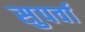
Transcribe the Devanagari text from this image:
सुपर्वा